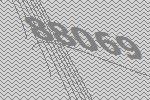
88069